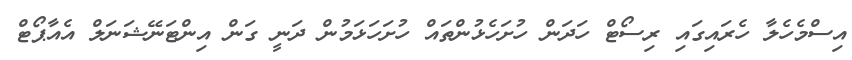
އިސްމެހެލާ ހެރައިގައި ރިސޯޓް ހަދަން ހުށަހެޅުންތައް ހުށަހަޅަމުން ދަނީ ގަން އިންޓަނޭޝަނަލް އެއާޕޯޓް